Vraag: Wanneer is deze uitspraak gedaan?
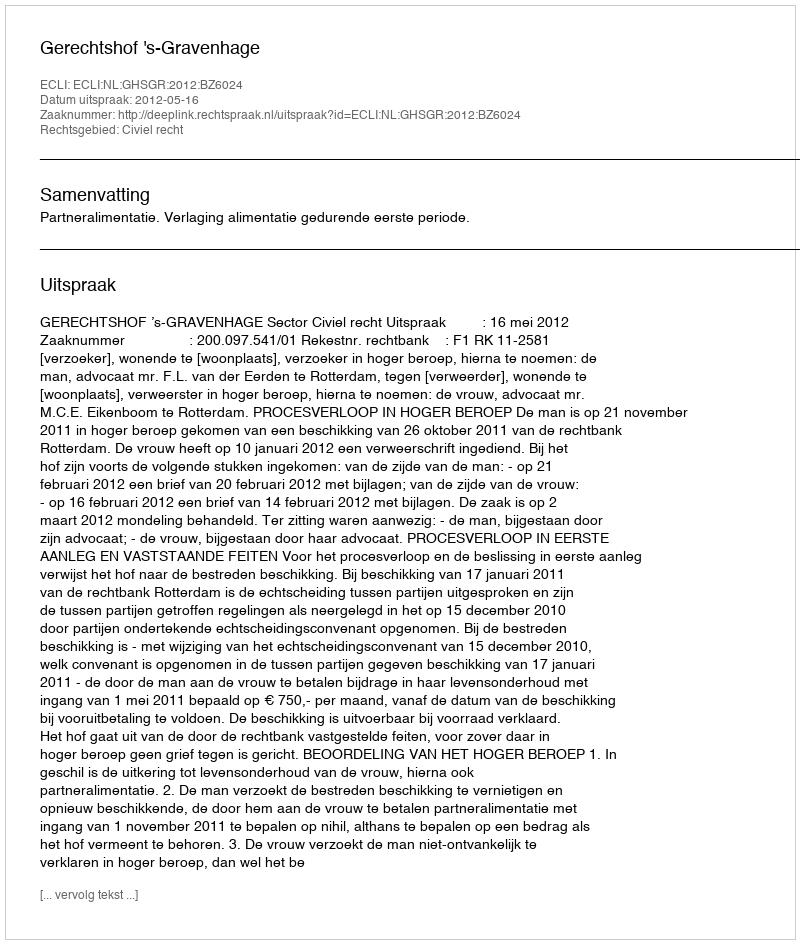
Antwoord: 2012-05-16